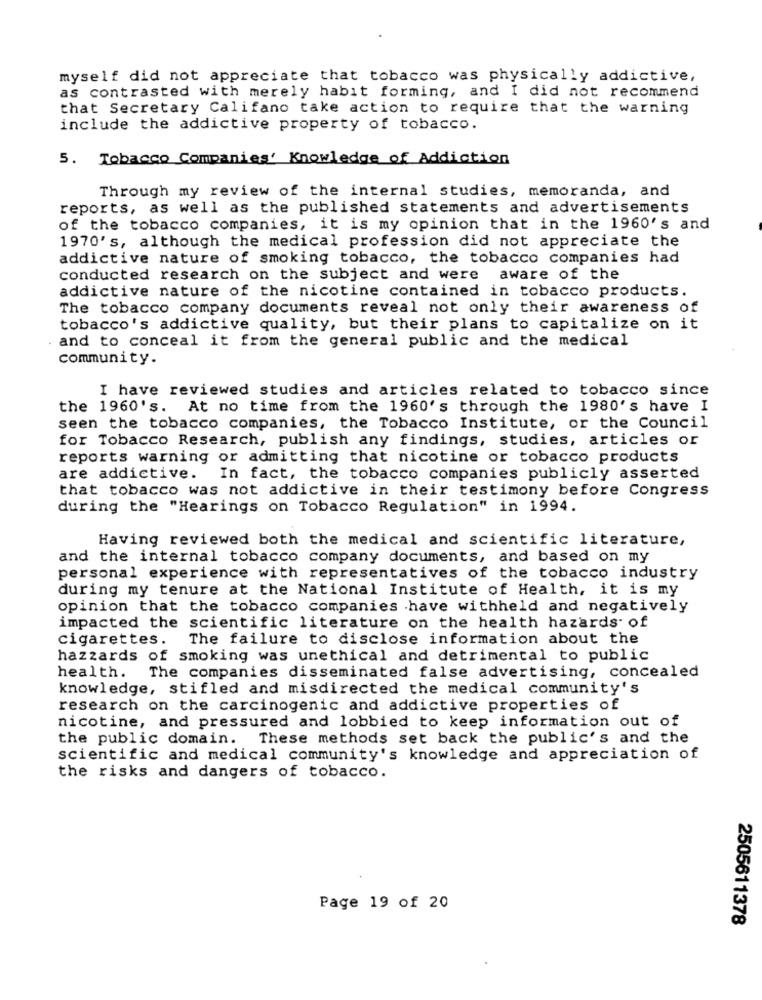
myself did not appreciate that tobacco was physically addictive,
as contrasted with merely habit forming, and I did not recommend
that Secretary Califano take action to require that the warning
include the addictive property of tobacco.
5. Tobacco Companies' Knowledge of Addiction
Through my review of the internal studies, memoranda, and
reports, as well as the published statements and advertisements
of the tobacco companies, it is my opinion that in the 1960's and
1970's, although the medical profession did not appreciate the
addictive nature of smoking tobacco, the tobacco companies had
conducted research on the subject and were aware of the
addictive nature of the nicotine contained in tobacco products.
The tobacco company documents reveal not only their awareness of
tobacco's addictive quality, but their plans to capitalize on it
and to conceal it from the general public and the medical
community.
I have reviewed studies and articles related to tobacco since
the 1960's. At no time from the 1960's through the 1980's have I
seen the tobacco companies, the Tobacco Institute, or the Council
for Tobacco Research, publish any findings, studies, articles or
reports warning or admitting that nicotine or tobacco products
are addictive.
In fact, the tobacco companies publicly asserted
that tobacco was not addictive in their testimony before Congress
during the "Hearings on Tobacco Regulation" in 1994.
Having reviewed both the medical and scientific literature,
and the internal tobacco company documents, and based on my
personal experience with representatives of the tobacco industry
during my tenure at the National Institute of Health, it is my
opinion that the tobacco companies have withheld and negatively
impacted the scientific literature on the health hazards of
cigarettes. The failure to disclose information about the
hazzards of smoking was unethical and detrimental to public
health. The companies disseminated false advertising, concealed
knowledge, stifled and misdirected the medical community's
research on the carcinogenic and addictive properties of
nicotine, and pressured and lobbied to keep information out of
the public domain. These methods set back the public's and the
scientific and medical community's knowledge and appreciation of
the risks and dangers of tobacco.
Page 19 of 20
2505611378